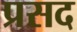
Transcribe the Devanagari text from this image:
प्रसद